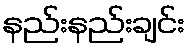
နည်းနည်းချင်း